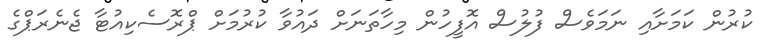
ކުރުން ކަމަށާއި ނަމަވެސް ފުލުސް އޮފީހުން މިހާތަނަށް ދައުވާ ކުރުމަށް ޕްރޮސެކިއުޓާ ޖެނެރަޕްގެ